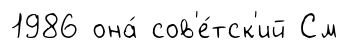
1986 она́ сов'е́тск'ий См